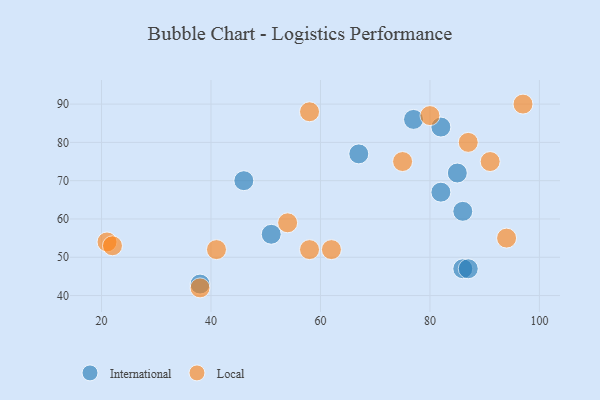
{"axis": {"x": "GDP", "y": "Life Expectancy"}, "legend": ["International", "Local"], "data": [{"x": "38", "y": 43, "type": "International"}, {"x": "86", "y": 47, "type": "International"}, {"x": "67", "y": 77, "type": "International"}, {"x": "46", "y": 70, "type": "International"}, {"x": "77", "y": 86, "type": "International"}, {"x": "87", "y": 47, "type": "International"}, {"x": "82", "y": 84, "type": "International"}, {"x": "86", "y": 62, "type": "International"}, {"x": "85", "y": 72, "type": "International"}, {"x": "82", "y": 67, "type": "International"}, {"x": "51", "y": 56, "type": "International"}, {"x": "94", "y": 55, "type": "Local"}, {"x": "62", "y": 52, "type": "Local"}, {"x": "58", "y": 52, "type": "Local"}, {"x": "80", "y": 87, "type": "Local"}, {"x": "87", "y": 80, "type": "Local"}, {"x": "58", "y": 88, "type": "Local"}, {"x": "41", "y": 52, "type": "Local"}, {"x": "54", "y": 59, "type": "Local"}, {"x": "21", "y": 54, "type": "Local"}, {"x": "22", "y": 53, "type": "Local"}, {"x": "38", "y": 42, "type": "Local"}, {"x": "75", "y": 75, "type": "Local"}, {"x": "91", "y": 75, "type": "Local"}, {"x": "97", "y": 90, "type": "Local"}]}